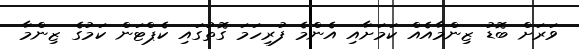
ވަރަށް ބޮޑު ޒިންމާއެއް ކަމަށާއި އެންމެ ފުރިހަމަ ގޮތުގައި ކެޕްޓަން ކަމުގެ ޒިންމާ